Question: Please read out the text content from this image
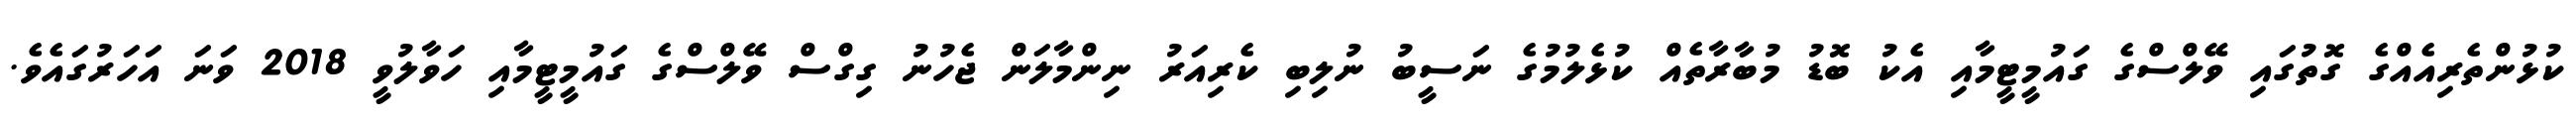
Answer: ކުޅުންތެރިއެއްގެ ގޮތުގައި ވޭލްސްގެ ގައުމީޓީމާއި އެކު ބޮޑު މުބާރާތެއް ކުޅެލުމުގެ ނަސީބު ނުލިބި ކެރިއަރު ނިންމާލަން ޖެހުނު ގިގްސް ވޭލްސްގެ ގައުމީޓީމާއި ހަވާލުވީ 2018 ވަނަ އަހަރުގައެވެ.